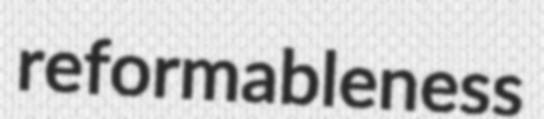
reformableness